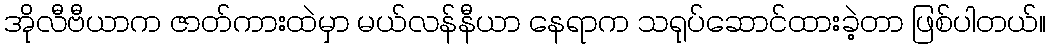
အိုလီဗီယာက ဇာတ်ကားထဲမှာ မယ်လန်နီယာ နေရာက သရုပ်ဆောင်ထားခဲ့တာ ဖြစ်ပါတယ်။